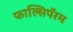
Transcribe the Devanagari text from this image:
फाल्सिपॅरम